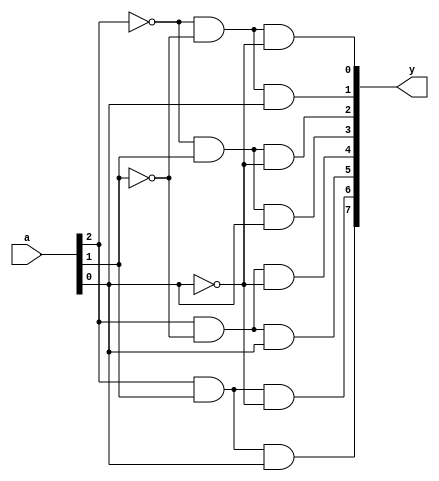
module decoder_3to8 (
input[2:0]a,
output[7:0]y);
assign y[0] = (~a[2]) & (~a[1]) & (~a[0]);
assign y[1] = (~a[2]) & (~a[1]) & (a[0]); 
assign y[2] = (~a[2]) & (a[1]) & (~a[0]);
assign y[3] = (~a[2]) & (a[1]) & (a[0]);
assign y[4] = (a[2]) & (~a[1]) & (~a[0]);
assign y[5] = (a[2]) & (~a[1]) & (a[0]); 
assign y[6] = (a[2]) & (a[1]) & (~a[0]);
assign y[7] = (a[2]) & (a[1]) & (a[0]);
endmodule